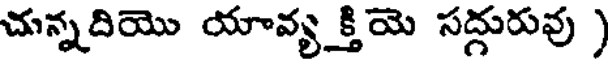
చున్నదియొ యావ్యక్తియె సద్గురువు )